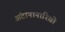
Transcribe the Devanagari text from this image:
अंटानानारिवो